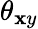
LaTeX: \theta_{\mathbf{x}y}